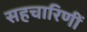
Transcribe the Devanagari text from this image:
सहचारिणीं